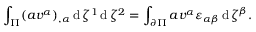
\int _ { \Pi } ( a v ^ { \alpha } ) _ { , \alpha } \operatorname { d } \zeta ^ { 1 } \operatorname { d } \zeta ^ { 2 } = \int _ { \partial \Pi } a v ^ { \alpha } \varepsilon _ { \alpha \beta } \operatorname { d } \zeta ^ { \beta } .